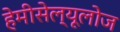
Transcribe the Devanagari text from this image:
हेमीसेल्यूलोज